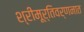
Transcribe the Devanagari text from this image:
श्रीमूर्तिवर्णनात